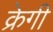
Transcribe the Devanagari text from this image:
क्रेगी